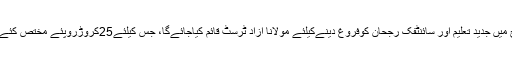
مسلم سماج میں جدید تعلیم اور سائنٹفک رجحان کوفروغ دینےکیلئے مولانا آزاد ٹرسٹ قائم کیاجائےگا، جس کیلئے25کروڑروپئے مختص کئے گئے ہیں۔